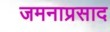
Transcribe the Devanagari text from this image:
जमनाप्रसाद